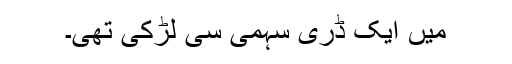
میں ایک ڈری سہمی سی لڑکی تھی۔